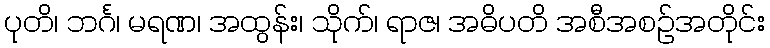
ပုတိ၊ ဘင်္ဂ၊ မရဏ၊ အထွန်း၊ သိုက်၊ ရာဇ၊ အဓိပတိ အစီအစဉ်အတိုင်း